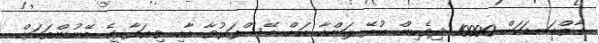
ގާތްގަނޑަކަށް 10000 ދިވެހިން އުޅޭ ލަންކާ އަށް ބޭސްފަރުވާ އާއި ވިޔަފާރީގެ ބޭނުންތަކަށް